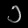
Digit: ၁